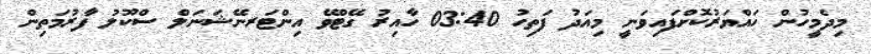
މިދެމީހުން ހައްޔަރުކޮށްފައިވަނީ މިއަދު ފަތިހު 03:40 ހާއިރު ގޭޓްވޭ އިންޓަރނޭޝަނަލް ސްކޫލު ފާރުމަތިން